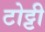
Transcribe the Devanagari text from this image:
टोट्टी